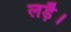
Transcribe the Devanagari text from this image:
लड़ै।